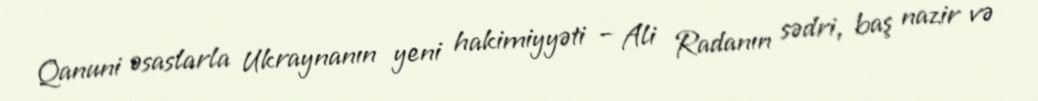
Qanuni əsaslarla Ukraynanın yeni hakimiyyəti – Ali Radanın sədri, baş nazir və